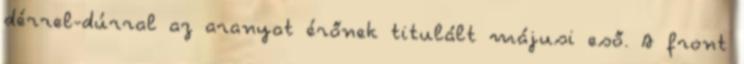
dérrel-dúrral az aranyat érőnek titulált májusi eső. A front